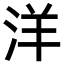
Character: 洋